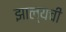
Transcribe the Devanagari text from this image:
झाल्यची